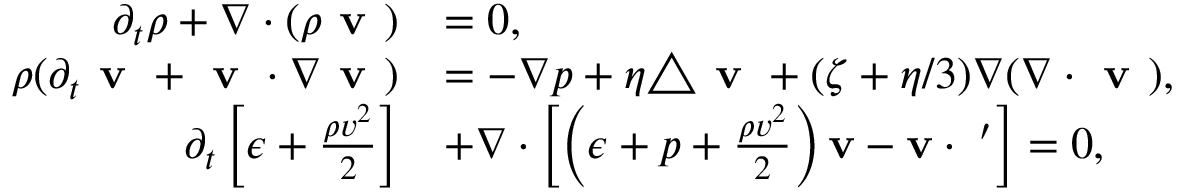
\begin{array} { r l } { \partial _ { t } \rho + \nabla \cdot ( \rho \textbf { v } ) } & { = 0 , } \\ { \rho ( \partial _ { t } \textbf { v } + \textbf { v } \cdot \nabla \textbf { v } ) } & { = - \nabla p + \eta \triangle \textbf { v } + ( \zeta + \eta / 3 ) \nabla ( \nabla \cdot \textbf { v } ) , } \\ { \partial _ { t } \left[ \epsilon + \frac { \rho v ^ { 2 } } { 2 } \right] } & { + \nabla \cdot \left[ \left( \epsilon + p + \frac { \rho v ^ { 2 } } { 2 } \right) \bf { v } - \bf { v } \cdot \sigma ^ { \prime } \right] = 0 , } \end{array}